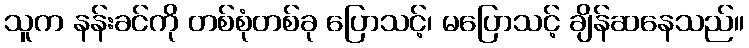
သူက နန်းခင်ကို တစ်စုံတစ်ခု ပြောသင့်၊ မပြောသင့် ချိန်ဆနေသည်။